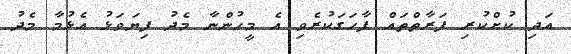
އަދި ކުށްކުރި ފަރާތްތައް ފާހަގަކުރެވި އެ މީހުންނާ މެދު ފިޔަވަޅު އެޅުމާ މެދު